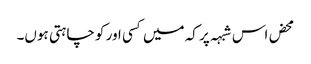
محض اس شبہہ پر کہ میں کسی اور کو چاہتی ہوں۔